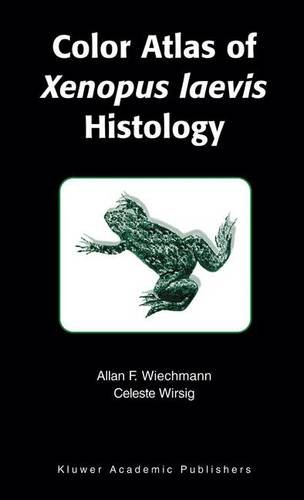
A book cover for Color Atlas of Xenopus laevis Histology; Allan F. Wiechmann; Medical Books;